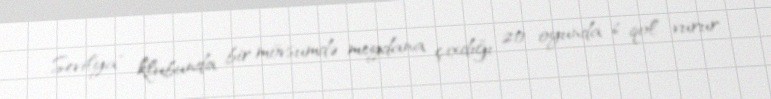
Sevilya" klubunda bir mövsumdə meydana çıxdığı 20 oyunda 6 qol vurur.